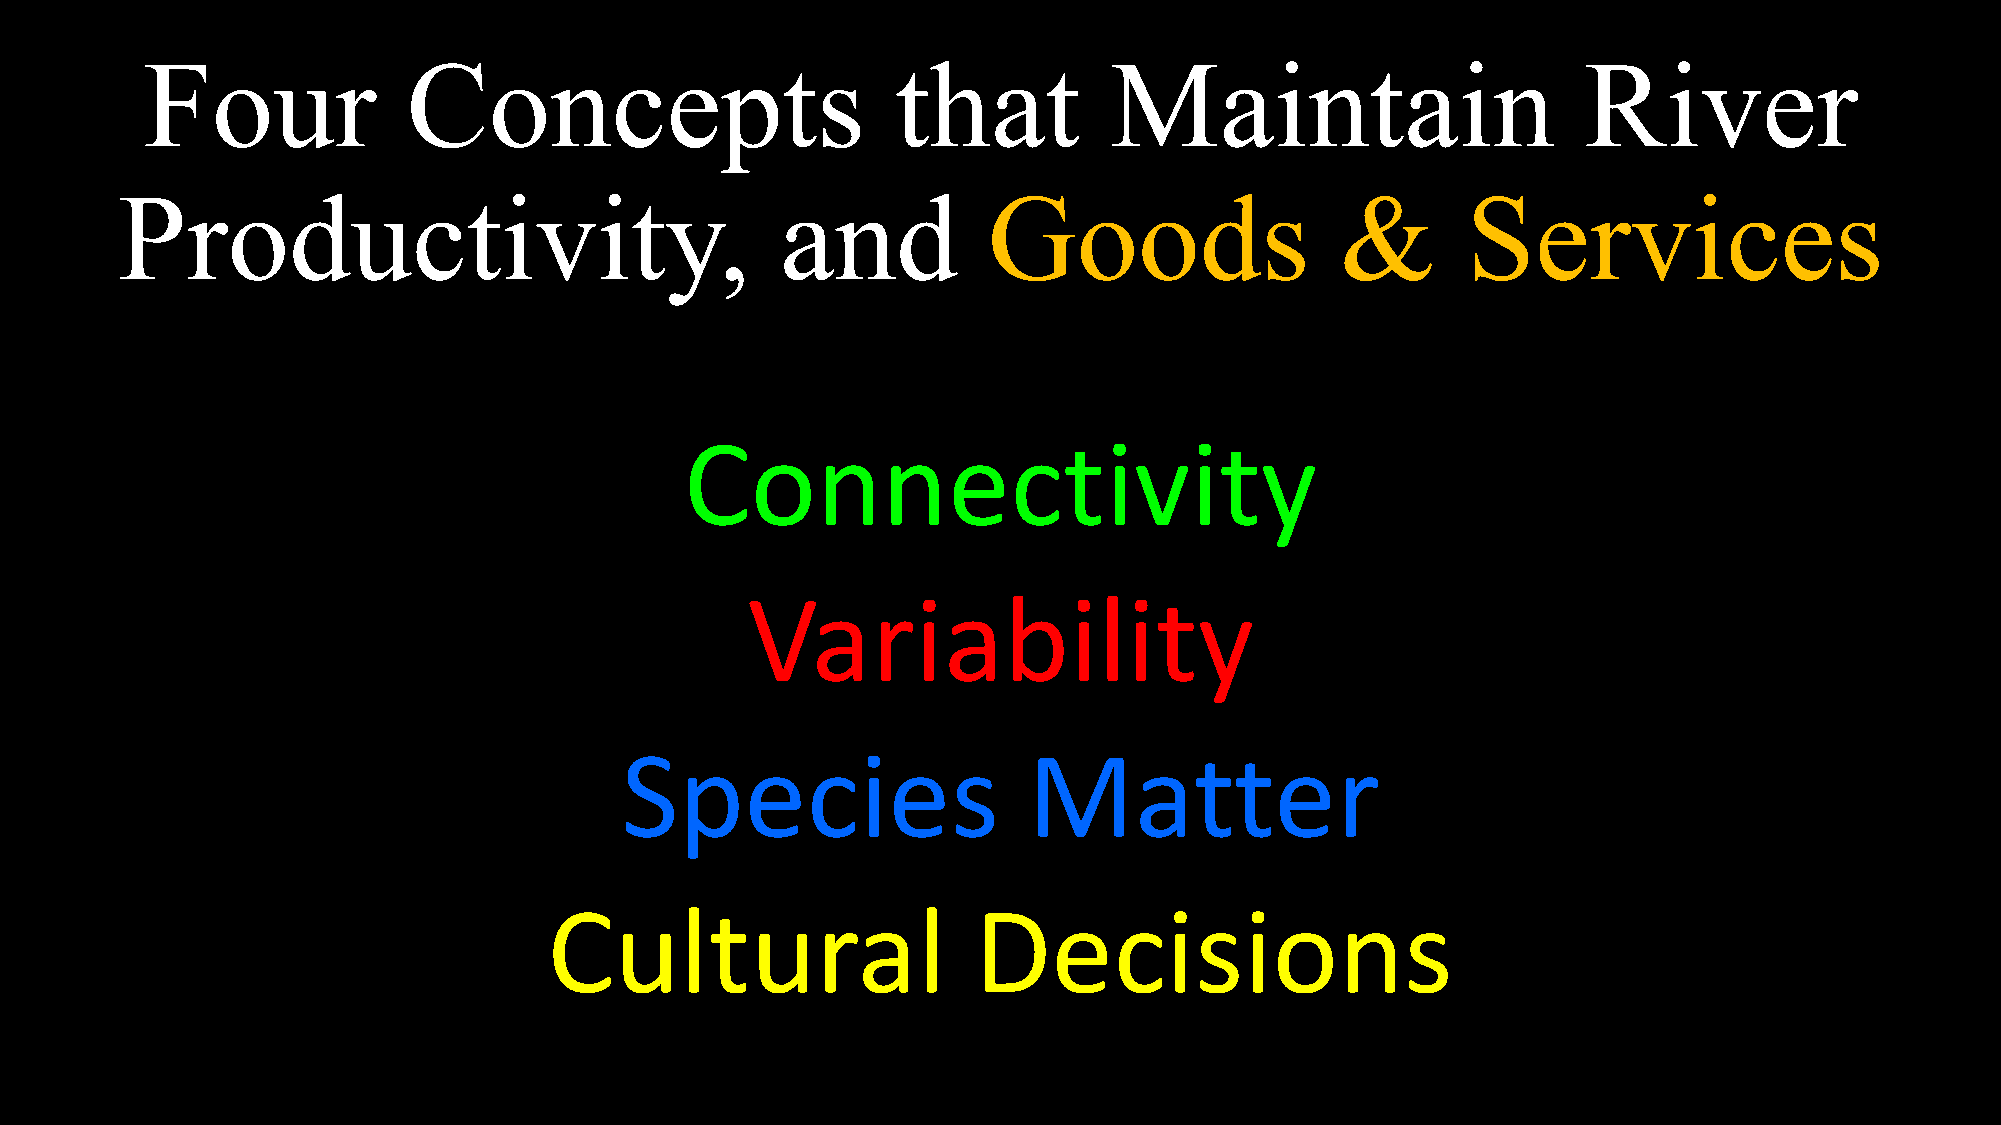
Four              Concepts                        that          Maintain                        River
 Productivity,                               and          Goods                   &       Services
 Connectivity
 Variability
 Species                    Matter
 Cultural                    Decisions